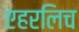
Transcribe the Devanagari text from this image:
एहरलिच